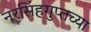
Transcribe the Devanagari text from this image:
नरसिंहगुप्तच्या